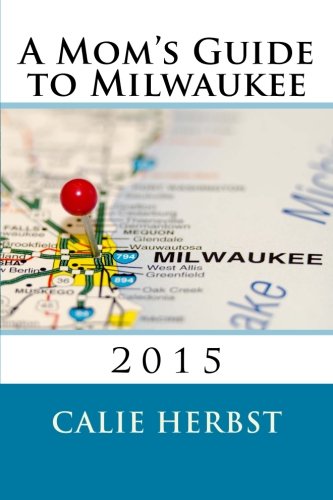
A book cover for A Mom's Guide to Milwaukee 2015; Calie Joy Herbst; Travel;